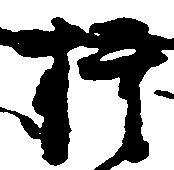
権